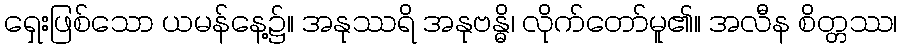
ရှေးဖြစ်သော ယမန်နေ့၌။ အနုဿရိ အနုဗန္ဓိ၊ လိုက်တော်မူ၏။ အလီန စိတ္တဿ၊